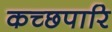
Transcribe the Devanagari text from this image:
कच्छपारि